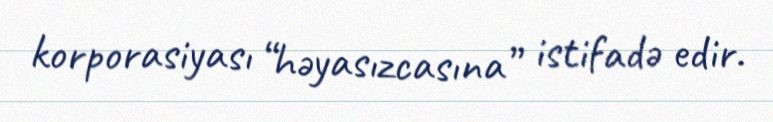
korporasiyası “həyasızcasına” istifadə edir.